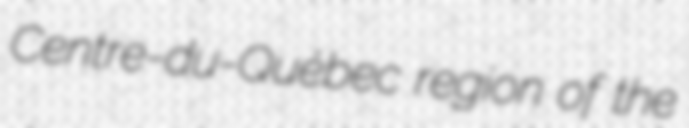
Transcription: Centre-du-Québec region of the